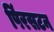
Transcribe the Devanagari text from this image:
पिंरसटन